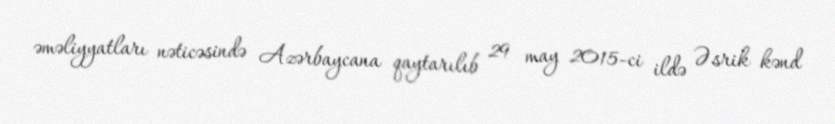
əməliyyatları nəticəsində Azərbaycana qaytarılıb 29 may 2015-ci ildə Əsrik kənd